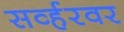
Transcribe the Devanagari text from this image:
सर्व्हरवर